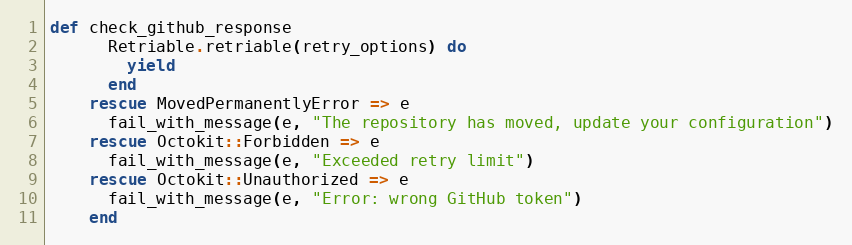
Language: Ruby
def check_github_response
      Retriable.retriable(retry_options) do
        yield
      end
    rescue MovedPermanentlyError => e
      fail_with_message(e, "The repository has moved, update your configuration")
    rescue Octokit::Forbidden => e
      fail_with_message(e, "Exceeded retry limit")
    rescue Octokit::Unauthorized => e
      fail_with_message(e, "Error: wrong GitHub token")
    end